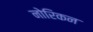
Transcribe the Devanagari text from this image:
नोरिकन